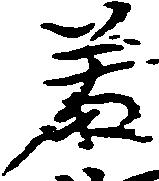
若